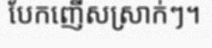
បែកញើសស្រាក់ៗ។